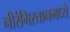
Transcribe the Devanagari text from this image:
नीरंगिस्तानमध्ये